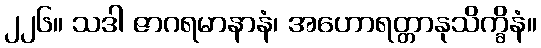
၂၂၆။ သဒါ ဇာဂရမာနာနံ၊ အဟောရတ္တာနုသိက္ခိနံ။